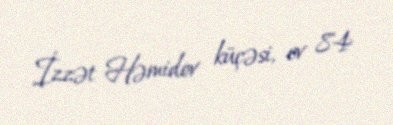
İzzət Həmidov küçəsi, ev 84